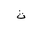
Letter: _tha